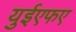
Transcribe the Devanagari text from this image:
युईएफए